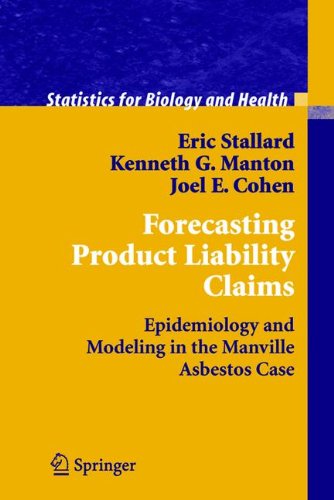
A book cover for Forecasting Product Liability Claims: Epidemiology and Modeling in the Manville Asbestos Case (Statistics for Biology and Health); Eric Stallard; Business & Money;